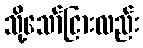
သို့သော်ငြားလည်း